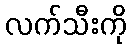
လက်သီးကို